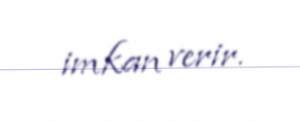
imkan verir.